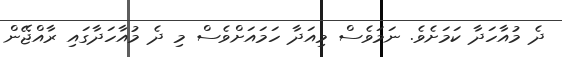
ދެ މުއާހަދާ ކަމަށެވެ. ނަމަވެސް މިއަދާ ހަމައަށްވެސް މި ދެ މުއާހަދާގައި ރާއްޖޭން